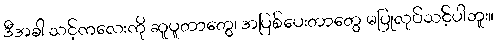
ဒီအခါ သင့်ကလေးကို ဆူပူတာတွေ၊ အပြစ်ပေးတာတွေ မပြုလုပ်သင့်ပါဘူး။